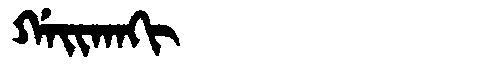
Manchu: ᡤᠠᡳᡴᠠᡴᡳ
Romanization: GAIKAKI